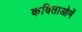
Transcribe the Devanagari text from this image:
कविताओमें